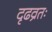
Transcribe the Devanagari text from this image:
दृढव्रतः